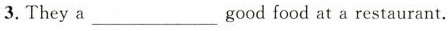
3. They a ___ good food at a restaurant.